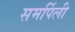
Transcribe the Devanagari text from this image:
समर्पिली